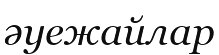
әуежайлар